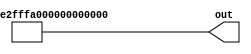
module MatrixSumByMatrix #(parameter N=100)(
	output [N-1:0]out);
	
assign out[12287:11904]=384'h0032fff200220036fff8002d002effee00060011006d0004fff8ff8fffe5000e002e0015ffc60045ffeffffd0006ffe5;
assign out[11903:11520]=384'hffe00056ffe2ffecffebffc6ffeb0001ffd2ff8f001d00220010004700020010ffc5ffd3000600290002ffc1ffec0023;
assign out[11519:11136]=384'hfff5fff60008ffa3fff8003affa1ffe0ffc6fffdfffffff4ffc6ffe20029ffffffda0006fff60046004e000b0013ffbe;
assign out[11135:10752]=384'hffc6fff8ffdb0009ffd0ffedffb6fff6ffdffff000510004000f0026002e0011fffcffaf000c0019ffc9ffefff9a0037;
assign out[10751:10368]=384'h000a0028ffdaffc3ffdc000e0009000b0059ffc5004efff4ffdafff8001b00420005000ffff7001b000c00050058ffaa;
assign out[10367:9984]=384'h0021fff8ffde005c000effc2ffdc002afffb007f002c0032ffd8000400280006ffd90032ffffffefffe8ffeaffe90028;
assign out[9983:9600]=384'hfff5ffc6ffd4003d003f00040036ffc6ffef002cffeb003bfff2ffac00040030ffd0ffbaffd6ffe1ffc5000a0017fff9;
assign out[9599:9216]=384'h004cffe30012ffca00100002001f0052ffd9003a00270060ffdc002e00210001003b0004001cffd9000bffdd002b0031;
assign out[9215:8832]=384'hffcf00090003ffcbff82002a000400000009ffe7ffc9ffd9ffcf003900000042000f001effbeffd10016ffd1ffee000a;
assign out[8831:8448]=384'hffc80013ffd3ffe30032fff6001a0002ffee001cffe3ffcc002bffb8ffdfffb00023ffe2006d0020ffc6ffe5ffdf000e;
assign out[8447:8064]=384'hfff5ffcafffcfff200160015fff9fff5ffa50022ffecffec002cfff9002cffb900020001ff7cffffffcc00430019000e;
assign out[8063:7680]=384'hffca0038001b003400010021ffc7ff7a000cfff50013fffbffef0001ffe0002e003effc7fffeffd1ffee0016ffd60024;
assign out[7679:7296]=384'hffdeffcfffdb000b00000059ffe900400015ffd50042ffd1000d0017ffaafffe002dffeb000b000bff9effd300060014;
assign out[7295:6912]=384'hffd1ffd700320000ffe1006e000d00090042002fffe20054ffd3fff70018002afff5fffbfffafff8ffbd001affc1ffde;
assign out[6911:6528]=384'h00010034000bffde000fffe40031ffcfffebffe4000e0002ffedffd0003cff8afff0ffe10004ffccffcc0009ff97fff8;
assign out[6527:6144]=384'hffd5ffcdffd5ffe1002e0032ffed003efffcffe8ffd3ffcaffb3ffbb0038fffa00230034fffeffc10018003affebffdb;
assign out[6143:5760]=384'hfff50006ffe9ffe6ffd10018000a0045001dffdc0061003b001b001a001d001e00060050004affe8fff700010029ffa7;
assign out[5759:5376]=384'hffe9001a0002ffe2fff9fff90000ffbeffef0009fffb004affb1ffffffacfffb0073ffd50025fff2ffc20024ffea0021;
assign out[5375:4992]=384'hffd6ff93001d0006ffe6fff3000effe0001400520022fffc002d0066003effd5000affef000c001500030032ffcc0001;
assign out[4991:4608]=384'h002a0020000fffe80006ffad0024002e0033003f000800380002fff0ffbc0004fff50032ffd40032002fffea0024ff9f;
assign out[4607:4224]=384'hffec000b0030ffe6fff6ffe6ffee0000003dffecffd0001dfff00036ffe2ffcaffdaffeeffea000e0080ffd9001d0060;
assign out[4223:3840]=384'h000affe8fff4ffe40041002cffe7002ffff2003f0088000d0026002a0017000efff8ffe8fff60007fff100170048ffb8;
assign out[3839:3456]=384'hffc00029ff9c005efff5001300030021ffd6ffe8000f00100000fffbffe0ffebffdc002700070007ffedffe5006affc5;
assign out[3455:3072]=384'hffe9ffc7ffd300010045ffe6ffc20044000effe8002a0007000cffbdffc6ffd70004fff4ffedffc800050035000b0067;
assign out[3071:2688]=384'hff8c00530003fff5ffffffd3003f0014001e00280015ffd2000500200022fff50002ffd9fff20007fffa005a0015ffbd;
assign out[2687:2304]=384'hfff3ffac0012ffc9ffd5fffc004100550003ffaaffebffec0008002dffecfffc0011ffc3ffc6ffedfffffff5000affaf;
assign out[2303:1920]=384'h0032001c001e0002ffe3000d0013ffdefff3fff5ffd1003fffd00074ffe7ffe5ffc1fffe001cffe5ffcc0034002bffb1;
assign out[1919:1536]=384'hffcb003800210001005200240036000c002a0009001a004c002bffe7001f00670005ffe4ffeeffab0009ffe800000006;
assign out[1535:1152]=384'hff9cffe900500025ffdc007b00120007ffdfffd4ffecffed0016002000190006002effce002d00100009fffffffc0022;
assign out[1151:768]=384'h002effd8ffb100360019001d004f000affe0ffcdffb10016fffdffc50001fff20022fff40009ffa1fffd001fffd1ffe3;
assign out[767:384]=384'hffdd001fffb80006ffd7ffccffd2ffc70001ffc1ffa7fff2ffebffe1ffb30020002d0004003a001bfffefffeffe2ffbc;
assign out[383:0]=384'hfff1000b001fffcfffed006e001dffd800410039fffe0043001300280047001e0007fff30049ffe2fff9ffc90021fffa;



endmodule